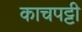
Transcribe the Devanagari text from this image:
काचपट्टी